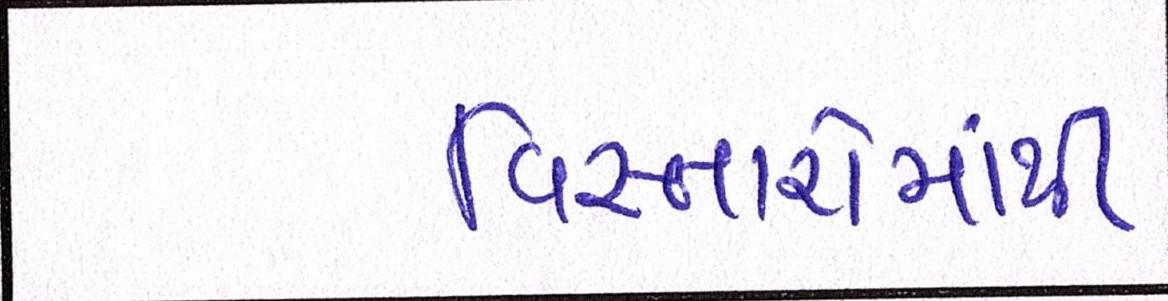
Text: વિસ્તારોમાંથી